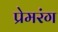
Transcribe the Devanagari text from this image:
प्रेमरंग